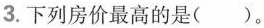
3.下列房价最高的是()。